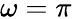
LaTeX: \omega=\pi